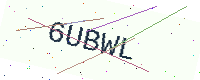
Text: 6UBWL